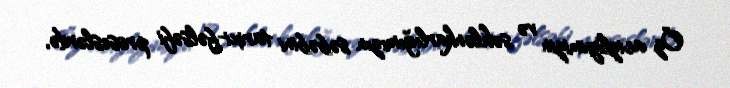
Öz acizliyimizin və səhlənkarlığımızın səbəbini tarixi-fəlsəfi proseslərdə,